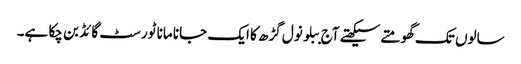
سالوں تک گھومتے سیکھتے آج ببلو نول گڑھ کا ایک جانا مانا ٹورسٹ گائڈ بن چکا ہے۔